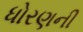
ધોરણની